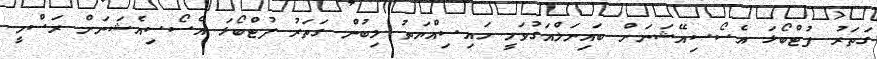
ގަތަރު ފުޓްބޯޅަ އެސޯސިއޭޝަނަށް ބައިނަލްއަގުވަމީ ހައިސިއްޔަތު ލިބުން ގަތަރު ފުޓްބޯޅަ އެސޯސިއެޝަނަށް ރަސްމީ